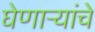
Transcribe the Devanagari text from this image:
घेणाऱ्यांचे